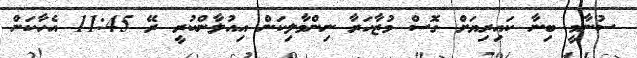
ސުނާމީ ބިނާ ކައިރިޔަށް ގޮސް މުޒާހަރާ ނިންމާލިކަން އިއުލާންކުރީ ރޭ 11:45 އެހާކަން